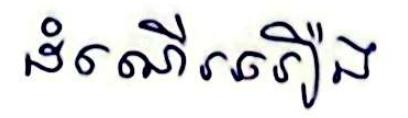
ដំណើររឿង